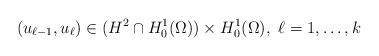
LaTeX: \begin{align*} (u_{\ell-1},u_{\ell})\in (H^2\cap H^1_0(\Omega))\times H^1_0(\Omega), \ \ell = 1,\ldots,k\end{align*}